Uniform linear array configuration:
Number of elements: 64
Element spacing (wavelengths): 0.25
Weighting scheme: binomial
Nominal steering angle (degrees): -15
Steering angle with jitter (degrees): -14.348
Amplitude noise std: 0.05
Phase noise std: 0.05

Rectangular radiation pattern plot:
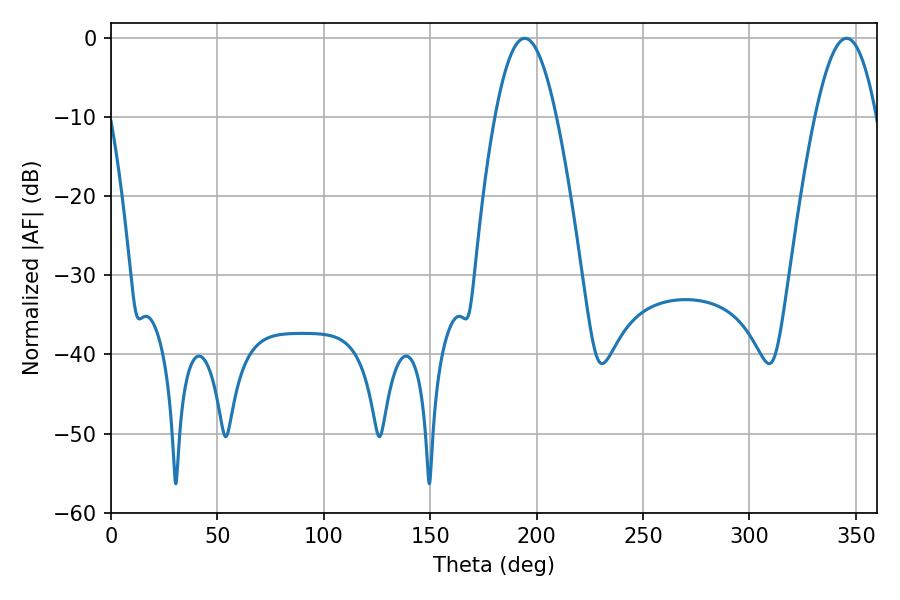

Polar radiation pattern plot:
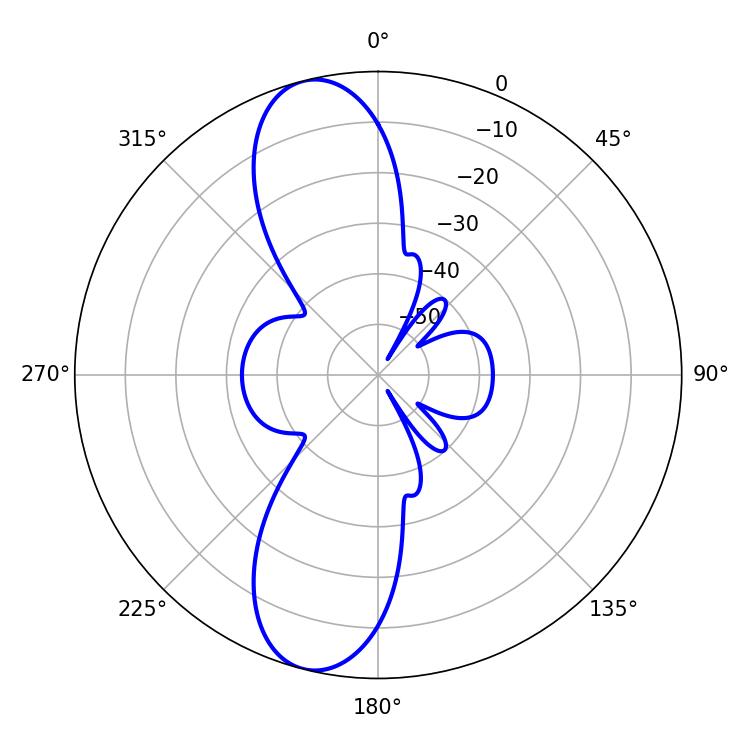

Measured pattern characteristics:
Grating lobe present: FALSE
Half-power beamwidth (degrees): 15.66
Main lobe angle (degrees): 194.4